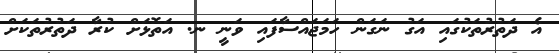
އެ ދަތުރުތަކުގައި އަގު ނަގަން ހަމަޖައްސާފައި ވަނީ ނ. އަތޮޅަށް ކުރާ ދަތުރުތަކަށް